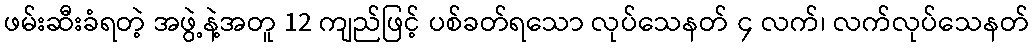
ဖမ်းဆီးခံရတဲ့ အဖွဲ့နဲ့အတူ 12 ကျည်ဖြင့် ပစ်ခတ်ရသော လုပ်သေနတ် ၄ လက်၊ လက်လုပ်သေနတ်